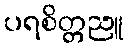
ပရစိတ္တညူ